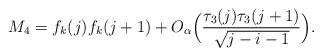
LaTeX: \begin{align*}M_4=f_k(j)f_k(j+1)+O_{\alpha}\Big(\frac{\tau_3(j)\tau_3(j+1)}{\sqrt{j-i-1}}\Big). \end{align*}